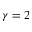
\gamma = 2